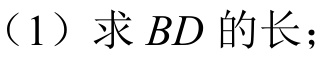
（1）求\(BD\)的长；